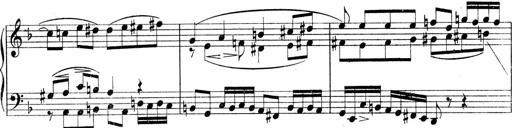
Title: Sonatina No.5
Composer: Otto Stoll
Key: F-sharp minor